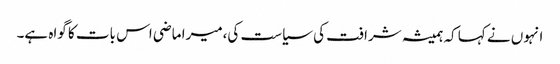
انہوں نے کہا کہ ہمیشہ شرافت کی سیاست کی،میرا ماضی اس بات کا گواہ ہے۔